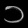
Digit: ၁